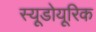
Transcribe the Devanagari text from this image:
स्यूडोयूरिक